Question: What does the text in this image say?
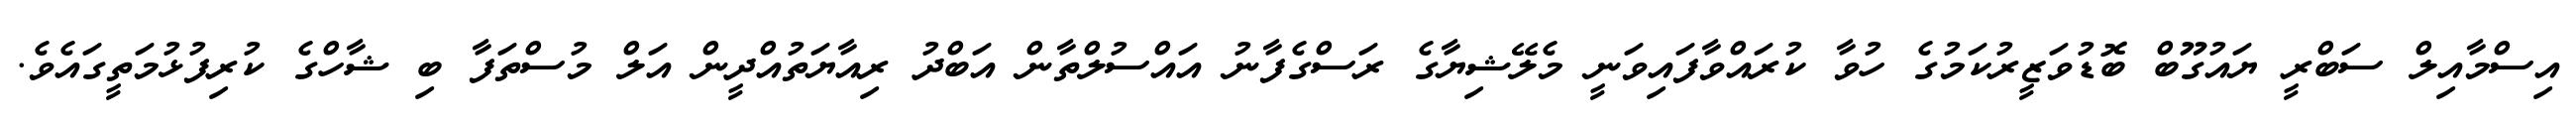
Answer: އިސްމާއިލް ސަބްރީ ޔައުގޫބް ބޮޑުވަޒީރުކަމުގެ ހުވާ ކުރައްވާފައިވަނީ މެލޭޝިޔާގެ ރަސްގެފާނު އައްސުލްތާން އަބްދު ރިއާޔަތުއްދީން އަލް މުސްތަފާ ބި ޝާހްގެ ކުރިފުޅުމަތީގައެވެ.